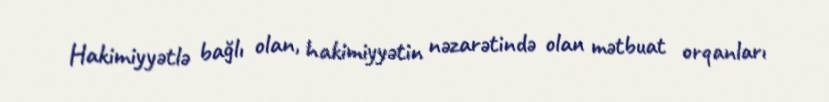
Hakimiyyətlə bağlı olan, hakimiyyətin nəzarətində olan mətbuat orqanları